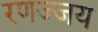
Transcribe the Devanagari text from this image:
रणज्जय